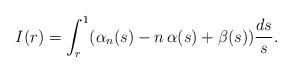
\begin{align*}I(r)=\int_r^1 (\alpha_n(s)-n\,\alpha(s)+\beta(s))\frac{ds}{s}.\end{align*}